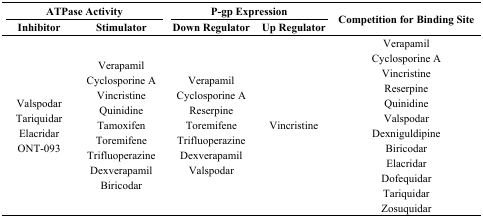
<table><thead><tr><td colspan="2"><b>ATPase Activity</b></td><td colspan="2"><b>P-gp Expression</b></td><td rowspan="2"><b>Competition for Binding Site</b></td></tr><tr><td><b>Inhibitor</b></td><td><b>Stimulator</b></td><td><b>Down Regulator</b></td><td><b>Up Regulator</b></td></tr></thead><tbody><tr><td>Valspodar Tariquidar Elacridar ONT-093</td><td>Verapamil Cyclosporine A Vincristine Quinidine Tamoxifen ToremifeneTrifluoperazine Dexverapamil Biricodar</td><td>Verapamil Cyclosporine A Reserpine Toremifene Trifluoperazine Dexverapamil Valspodar</td><td>Vincristine</td><td>Verapamil Cyclosporine A Vincristine Reserpine Quinidine Valspodar Dexniguldipine Biricodar Elacridar Dofequidar Tariquidar Zosuquidar</td></tr></tbody></table>